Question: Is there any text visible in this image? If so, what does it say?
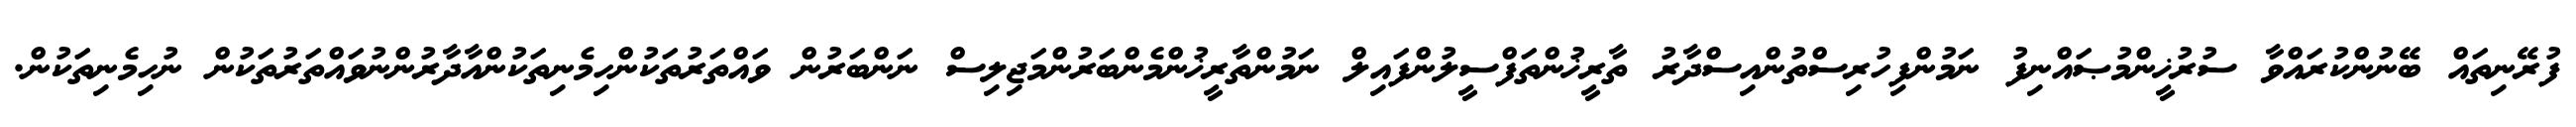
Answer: ފުރޭނިތައް ބޭނުންކުރައްވާ ސުރުޚީންމުޞައްނިފު ނަމުންފިހުރިސްތުންއިސްދާރު ތާރީޚުންތަފްސީލުންފައިލް ނަމުންތާރީޚުންމެންބަރުންމަޖިލިސް ނަންބަރުން ވައްތަރުތަކުންހިމެނިތަކުންއާދާރުންނުވައްތަރުތަކުން ނުހިމެނިތަކުން.